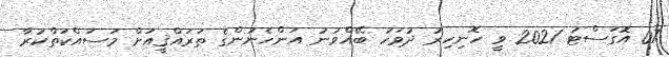
07 އޮގަސްޓު 2021 ވީ ހޮނިހިރު ދުވަހު ބޭއްވުނު އަންހެނުންގެ ތަރައްޤީއަށް މަސައްކަތްކުރާ